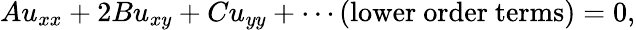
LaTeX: Au_{xx}+2Bu_{xy}+Cu_{yy}+\cdots{\mathrm{(lower~order~terms)}}=0,